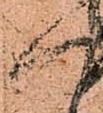
人